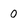
Character: 0